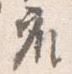
座